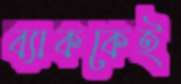
ব্যাককেই